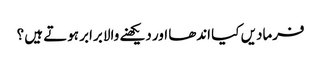
فرمادیں کیا اندھا اور دیکھنے والا برابر ہوتے ہیں ؟